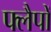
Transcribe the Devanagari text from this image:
फ्लैपों